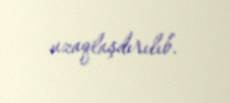
uzaqlaşdırılıb.